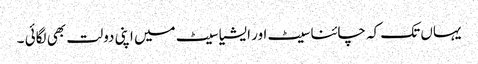
یہاں تک کہ چائنا سیٹ اور ایشیا سیٹ میں اپنی دولت بھی لگائی ۔